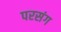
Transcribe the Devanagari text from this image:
परसंग